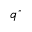
q ^ { * }